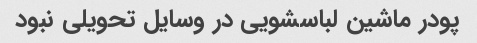
پودر ماشین لباسشویی در وسایل تحویلی نبود